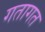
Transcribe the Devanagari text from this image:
गतागत